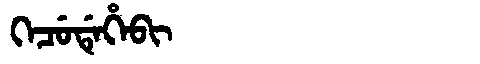
Manchu: ᡴᡝᠴᡠᡩᡝᡥᡝᠪᡳ
Romanization: KECUDEHEBI